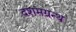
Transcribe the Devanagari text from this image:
दशमग्रन्थ